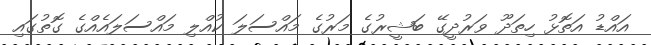
އައްޑު އަތޮޅު ހިތަދޫ ވަރުދީގޭ ބަޝީރުގެ މަރުގެ މައްސަލަ ކުއްލި މައްސަލައެއްގެ ގޮތުގައި